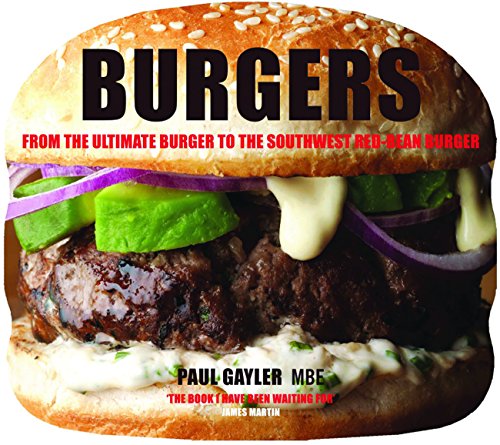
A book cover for Burgers: From the Ultimate Burger to the Southwest Red-Bean Burger; Paul Gayler; Cookbooks, Food & Wine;